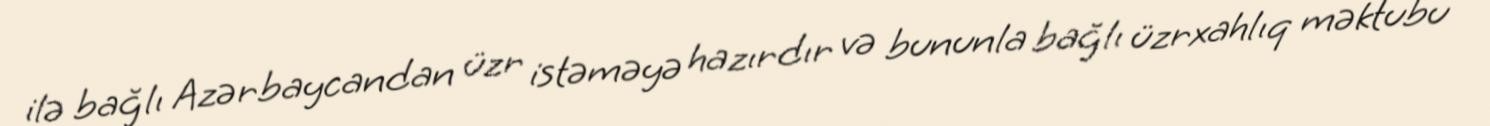
ilə bağlı Azərbaycandan üzr istəməyə hazırdır və bununla bağlı üzrxahlıq məktubu